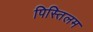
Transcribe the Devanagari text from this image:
पिस्तिलम